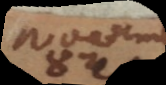
Novem